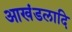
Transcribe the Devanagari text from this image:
आखंडलादि